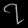
Digit: ၇